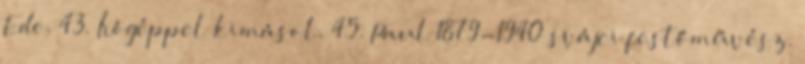
Ede. 43. Írógéppel kimásol. 45. Paul 1879-1940 svájci festőművész.